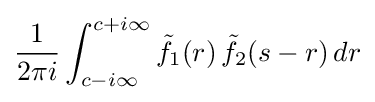
{\frac {1}{2\pi i}}\int _{c-i\infty }^{c+i\infty }{\tilde {f}}_{1}(r)\,{\tilde {f}}_{2}(s-r)\,dr